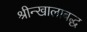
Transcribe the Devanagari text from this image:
श्रीन्खालाबद्ध